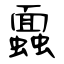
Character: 蠠